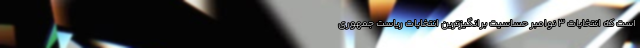
است که انتخابات 3 نوامبر حساسیت برانگیزترین انتخابات ریاست جمهوری